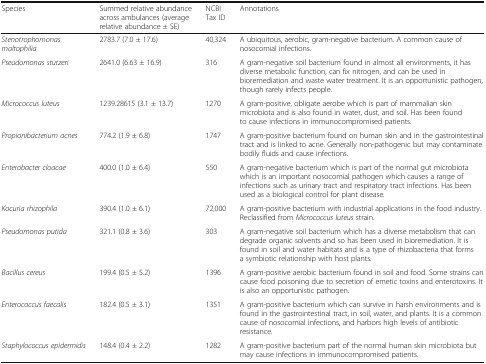
<table><thead><tr><td><b>Species</b></td><td><b>Summed relative abundance across ambulances (average relative abundance ± SE)</b></td><td><b>NCBI Tax ID</b></td><td><b>Annotations</b></td></tr></thead><tbody><tr><td><i>Stenotrophomonas maltophilia</i></td><td>2783.7 (7.0 ± 17.6)</td><td>40,324</td><td>A ubiquitous, aerobic, gram-negative bacterium. A common cause of nosocomial infections.</td></tr><tr><td><i>Pseudomonas stutzeri</i></td><td>2641.0 (6.63 ± 16.9)</td><td>316</td><td>A gram-negative soil bacterium found in almost all environments, it has diverse metabolic function, can fix nitrogen, and can be used in bioremediation and waste water treatment. It is an opportunistic pathogen, though rarely infects people.</td></tr><tr><td><i>Micrococcus luteus</i></td><td>1239.28615 (3.1 ± 13.7)</td><td>1270</td><td>A gram-positive, obligate aerobe which is part of mammalian skin microbiota and is also found in water, dust, and soil. Has been found to cause infections in immunocompromised patients.</td></tr><tr><td><i>Propionibacterium acnes</i></td><td>774.2 (1.9 ± 6.8)</td><td>1747</td><td>A gram-positive bacterium found on human skin and in the gastrointestinal tract and is linked to acne. Generally non-pathogenic but may contaminate bodily fluids and cause infections.</td></tr><tr><td><i>Enterobacter cloacae</i></td><td>400.0 (1.0 ± 6.4)</td><td>550</td><td>A gram-negative bacterium which is part of the normal gut microbiota which is an important nosocomial pathogen which causes a range of infections such as urinary tract and respiratory tract infections. Has been used as a biological control for plant disease.</td></tr><tr><td><i>Kocuria rhizophila</i></td><td>390.4 (1.0 ± 6.1)</td><td>72,000</td><td>A gram-positive bacterium with industrial applications in the food industry. Reclassified from <i>Micrococcus luteus</i> strain.</td></tr><tr><td><i>Pseudomonas putida</i></td><td>321.1 (0.8 ± 3.6)</td><td>303</td><td>A gram-negative soil bacterium which has a diverse metabolism that can degrade organic solvents and so has been used in bioremediation. It is found in soil and water habitats and is a type of rhizobacteria that forms a symbiotic relationship with host plants.</td></tr><tr><td><i>Bacillus cereus</i></td><td>199.4 (0.5 ± 5.2)</td><td>1396</td><td>A gram-positive aerobic bacterium found in soil and food. Some strains can cause food poisoning due to secretion of emetic toxins and enterotoxins. It is also an opportunistic pathogen.</td></tr><tr><td><i>Enterococcus faecalis</i></td><td>182.4 (0.5 ± 3.1)</td><td>1351</td><td>A gram-positive bacterium which can survive in harsh environments and is found in the gastrointestinal tract, in soil, water, and plants. It is a common cause of nosocomial infections, and harbors high levels of antibiotic resistance.</td></tr><tr><td><i>Staphylococcus epidermidis</i></td><td>148.4 (0.4 ± 2.2)</td><td>1282</td><td>A gram-positive bacterium part of the normal human skin microbiota but may cause infections in immunocompromised patients.</td></tr></tbody></table>